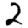
Digit: 2